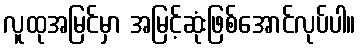
လူထုအမြင်မှာ အမြင့်ဆုံးဖြစ်အောင်လုပ်ပါ။